Problem: 9 × 12 = ?
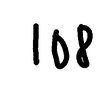
Handwritten answer: 108